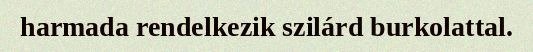
harmada rendelkezik szilárd burkolattal.